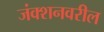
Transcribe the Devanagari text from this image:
जंक्शनवरील